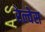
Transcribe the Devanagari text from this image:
रेल्वेस